Indian journal of veterinary science and animal husbandry - Volume 4,
Year: 1934
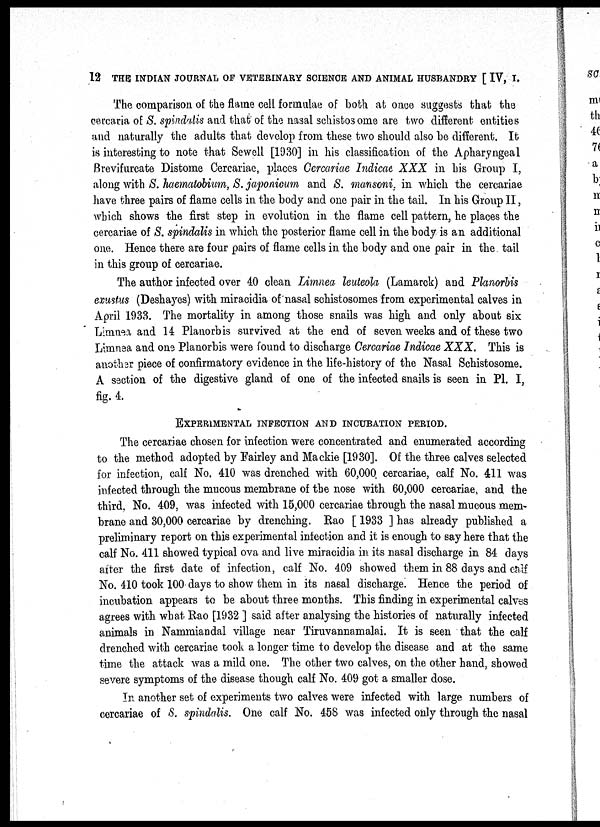
12 THE INDIAN JOURNAL OF VETERINARY SCIENCE AND ANIMAL HUSBANDRY [ IV, I.
The comparison of the flame cell formulae of both at once suggests that the
cercaria of S. spindalis and that of the nasal schistosome are two different entities
and naturally the adults that develop from these two should also be different. It
is interesting to note that Sewell [1930] in his classification of the Apharyngeal
Brevifurcate Distome Cercariae, places Cercariae Indicae XXX in his Group I,
along with S. haematobium, S. japonicum and S. mansoni, in which the cercariae
have three pairs of flame cells in the body and one pair in the tail. In his Group II,
which shows the first step in evolution in the flame cell pattern, he places the
cercariae of S. spindalis in which the posterior flame cell in the body is an additional
one. Hence there are four pairs of flame cells in the body and one pair in the tail
in this group of cercariae.
The author infected over 40 clean Limnea leuteola (Lamarck) and Planorbis
exustus (Deshayes) with miracidia of nasal schistosomes from experimental calves in
April 1933. The mortality in among those snails was high and only about six
Limnea and 14 Planorbis survived at the end of seven weeks and of these two
Limnea and one Planorbis were found to discharge Cercariae Indicae XXX. This is
another piece of confirmatory evidence in the life-history of the Nasal Schistosome.
A section of the digestive gland of one of the infected snails is seen in P1. I,
fig. 4.
EXPERIMENTAL INFECTION AND INCUBATION PERIOD.
The cercariae chosen for infection were concentrated and enumerated according
to the method adopted by Fairley and Mackie [1930]. Of the three calves selected
for infection, calf No. 410 was drenched with 60,000 cercariae, calf No. 411 was
infected through the mucous membrane of the nose with 60,000 cercariae, and the
third. No. 409, was infected with 15,000 cercariae through the nasal mucous mem-
brane and 30,000 cercariae by drenching. Rao [ 1933 ] has already published a
preliminary report on this experimental infection and it is enough to say here that the
calf No. 411 showed typical ova and live miracidia in its nasal discharge in 84 days
after the first date of infection, calf No. 409 showed them in 88 days and calf
No. 410 took 100 days to show them in its nasal discharge. Hence the period of
incubation appears to be about three months. This finding in experimental calves
agrees with what Rao [1932 ] said after analysing the histories of naturally infected
animals in Nammiandal village near Tiruvannamalai. It is seen that the calf
drenched with cercariae took a longer time to develop the disease and at the same
time the attack was a mild one. The other two calves, on the other hand, showed
severe symptoms of the disease though calf No. 409 got a smaller dose.
In another set of experiments two calves were infected with large numbers of
cercariae of S. spindalis. One calf No. 458 was infected only through the nasal